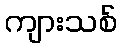
ကျားသစ်